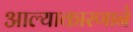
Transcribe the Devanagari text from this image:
आल्याकारणाने